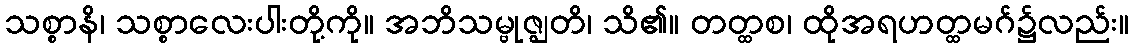
သစ္စာနိ၊ သစ္စာလေးပါးတို့ကို။ အဘိသမ္ဗုဇ္ဈတိ၊ သိ၏။ တတ္ထစ၊ ထိုအရဟတ္ထမဂ်၌လည်း။